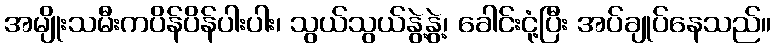
အမျိုးသမီးကပိန်ပိန်ပါးပါး၊ သွယ်သွယ်နွဲ့နွဲ့၊ ခေါင်းငုံ့ပြီး အပ်ချုပ်နေသည်။